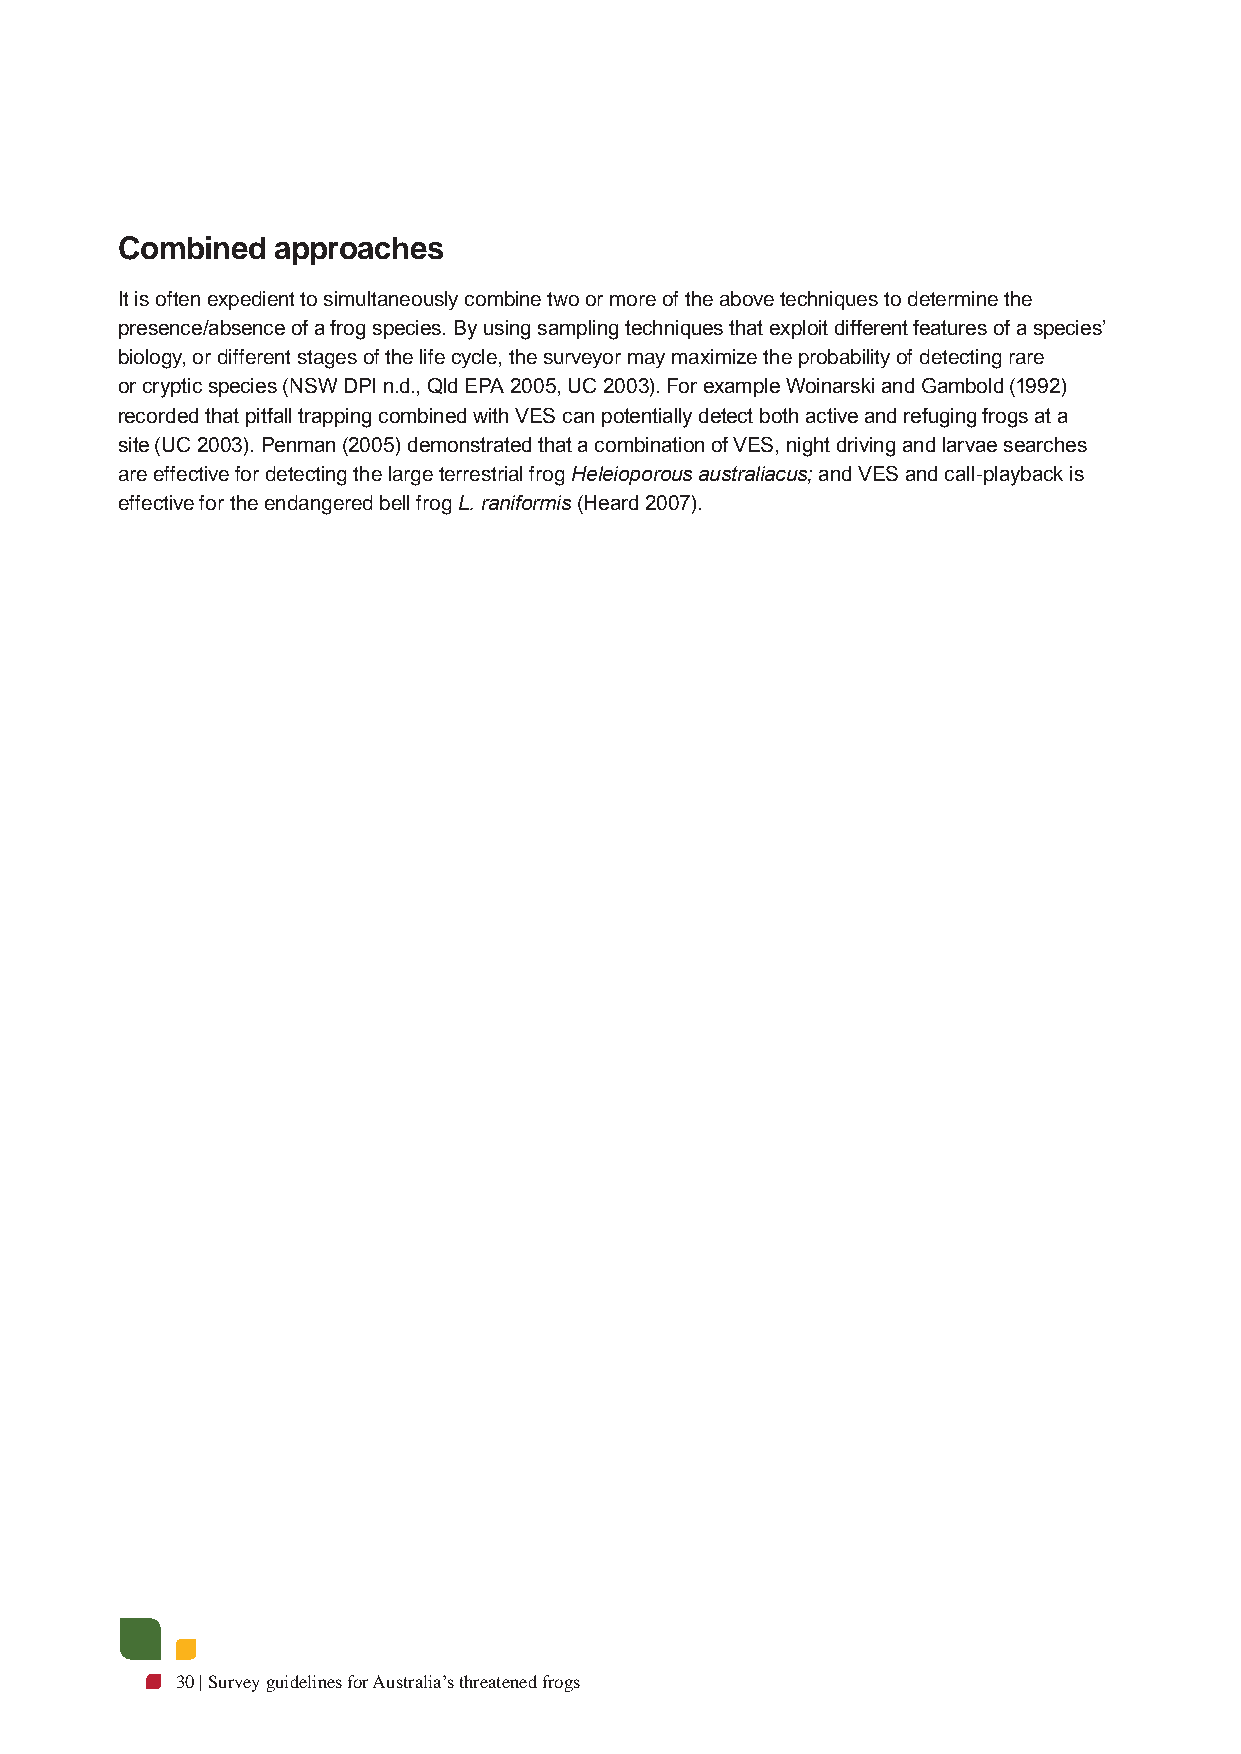
Combined  approaches
 It is often expedient to simultaneously combine two or more of the above techniques to determine the
 presence/absence of a frog species. By using sampling techniques that exploit different features of a species’
 biology, or different stages of the life cycle, the surveyor may maximize the probability of detecting rare
 or cryptic species (NSW DPI n.d., Qld EPA 2005, UC 2003). For example Woinarski and Gambold (1992)
 recorded that pitfall trapping combined with VES can potentially detect both active and refuging frogs at a
 site (UC 2003). Penman (2005) demonstrated that a combination of VES, night driving and larvae searches
 are effective for detecting the large terrestrial frog Heleioporous australiacus; and VES and call-playback is
 effective for the endangered bell frog L. raniformis (Heard 2007).
 30 | Survey guidelines for Australia’s threatened frogs